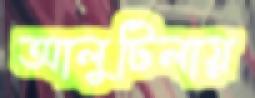
আলুটিলায়